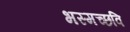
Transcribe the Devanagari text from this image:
भस्मच्छवि